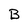
Character: B